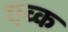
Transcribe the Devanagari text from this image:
एव्क